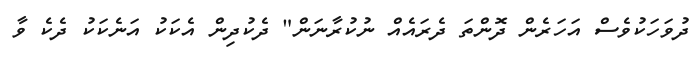
ދުވަހަކުވެސް އަހަރެން ދޮންތަ ދެރައެއް ނުކުރާނަން" ދެކުދިން އެކަކު އަނެކަކު ދެކެ ވާ